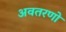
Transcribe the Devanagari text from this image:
अवतरणो